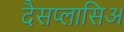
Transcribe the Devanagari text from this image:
दैसप्लासिअ